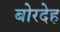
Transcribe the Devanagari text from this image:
बोरदेह